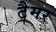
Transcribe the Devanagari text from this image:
टैमर